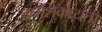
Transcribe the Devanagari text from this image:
जनशिकायतों